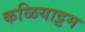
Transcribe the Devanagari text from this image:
कळियाट्टम